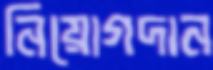
নিয়োগদান